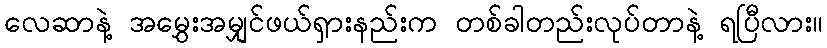
လေဆာနဲ့ အမွှေးအမျှင်ဖယ်ရှားနည်းက တစ်ခါတည်းလုပ်တာနဲ့ ရပြီလား။